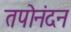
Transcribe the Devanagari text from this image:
तपोनंदन